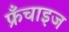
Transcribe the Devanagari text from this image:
फ्रँचाइज